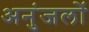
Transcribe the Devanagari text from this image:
अनुंजलों